Indian journal of veterinary science and animal husbandry - Volume 10,
Year: 1940
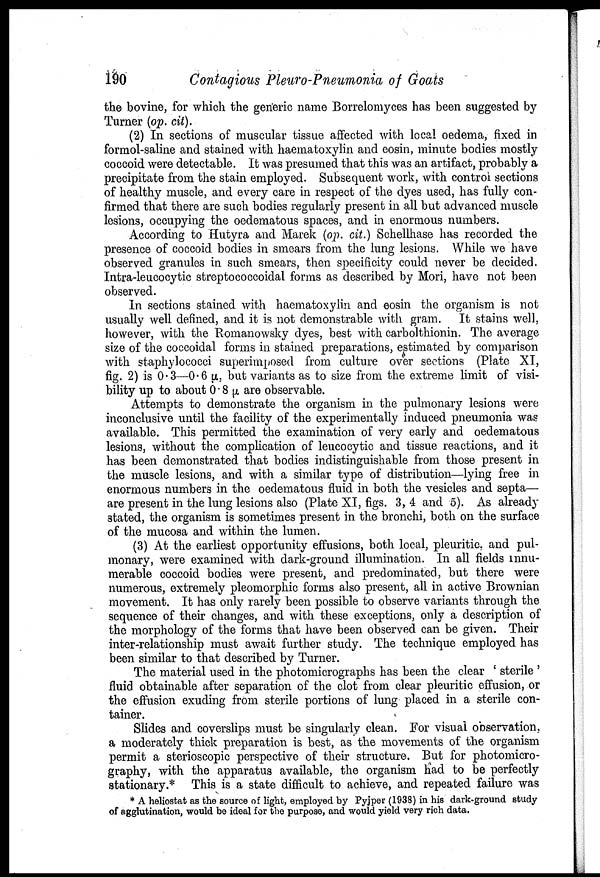
190
Contagious Pleuro-Pneumonia of Goats
the bovine, for which the generic name Borrelomyces has been suggested by-
Turner (op. cit).
(2) In sections of muscular tissue affected with local oedema, fixed in
formol-saline and stained with haematoxylin and eosin, minute bodies mostly
coccoid were detectable. It was presumed that this was an artifact, probably a
precipitate from the stain employed. Subsequent work, with control sections
of healthy muscle, and every care in respect of the dyes used, has fully con-
firmed that there are such bodies regularly present in all but advanced muscle
lesions, occupying the oedematous spaces, and in enormous numbers.
According to Hutyra and Marek (op. cit.) Schellhase has recorded the
presence of coccoid bodies in smears from the lung lesions. While we have
observed granules in such smears, then specificity could never be decided.
Intra-leucocytic streptococcoidal forms as described by Mori, have not been
observed.
In sections stained with haematoxylin and eosin the organism is not
usually well defined, and it is not demonstrable with gram. It stains well,
however, with the Romanowsky dyes, best with carbolthionin. The average
size of the coccoidal forms in stained preparations, estimated by comparison
with staphylococci superimposed from culture over sections (Plate XI,
fig. 2) is 0.3—0.6 µ, but variants as to size from the extreme limit of visi-
bility up to about 0.8 µ are observable.
Attempts to demonstrate the organism in the pulmonary lesions were
inconclusive until the facility of the experimentally induced pneumonia was
available. This permitted the examination of very early and oedematous
lesions, without the complication of leucocytic and tissue reactions, and it
has been demonstrated that bodies indistinguishable from those present in
the muscle lesions, and with a similar type of distribution—lying free in
enormous numbers in the oedematous fluid in both the vesicles and septa—
are present in the lung lesions also (Plate XI, figs. 3, 4 and 5). As already
stated, the organism is sometimes present in the bronchi, both on the surface
of the mucosa and within the lumen.
(3) At the earliest opportunity effusions, both local, pleuritic, and pul-
monary, were examined with dark-ground illumination. In all fields innu-
merable coccoid bodies were present, and predominated, but there were
numerous, extremely pleomorphic forms also present, all in active Brownian
movement. It has only rarely been possible to observe variants through the
sequence of their changes, and with these exceptions, only a description of
the morphology of the forms that have been observed can be given. Their
inter-relationship must await further study. The technique employed has
been similar to that described by Turner.
The material used in the photomicrographs has been the clear ' sterile '
fluid obtainable after separation of the clot from clear pleuritic effusion, or
the effusion exuding from sterile portions of lung placed in a sterile con-
tainer.
Slides and coverslips must be singularly clean. For visual observation,
a moderately thick preparation is best, as the movements of the organism
permit a sterioscopic perspective of their structure. But for photomicro-
graphy, with the apparatus available, the organism had to be perfectly
stationary.* This is a state difficult to achieve, and repeated failure was
* A heliostat as the source of light, employed by Pyjper (1938) in his dark-ground study
of agglutination, would be ideal for the purpose, and would yield very rich data.